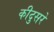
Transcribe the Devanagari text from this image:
कीदुसरे